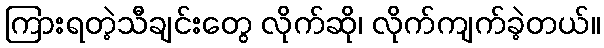
ကြားရတဲ့သီချင်းတွေ လိုက်ဆို၊ လိုက်ကျက်ခဲ့တယ်။